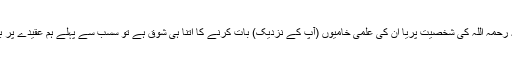
آپ کو ابن تیمیہ رحمہ اللہ کی شخصیت پریا ان کی علمی خامیوں (آپ کے نزدیک) بات کرنے کا اتنا ہی شوق ہے تو سسب سے پہلے ہم عقیدے پر بات کرتے ہیں ۔